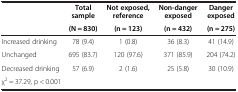
<table><thead><tr><td rowspan="2"><b> </b></td><td><b>Total sample</b></td><td><b>Not exposed, reference</b></td><td><b>Non-danger exposed</b></td><td><b>Danger exposed</b></td></tr><tr><td><b>(N = 830)</b></td><td><b>(n = 123)</b></td><td><b>(n = 432)</b></td><td><b>(n = 275)</b></td></tr></thead><tbody><tr><td>Increased drinking</td><td>78 (9.4)</td><td>1 (0.8)</td><td>36 (8.3)</td><td>41 (14.9)</td></tr><tr><td>Unchanged</td><td>695 (83.7)</td><td>120 (97.6)</td><td>371 (85.9)</td><td>204 (74.2)</td></tr><tr><td>Decreased drinking</td><td>57 (6.9)</td><td>2 (1.6)</td><td>25 (5.8)</td><td>30 (10.9)</td></tr><tr><td colspan="5">χ<sup>2</sup> = 37.29, p &lt; 0.001</td></tr></tbody></table>